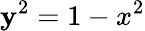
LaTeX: \mathbf{y}^{2}=1-x^{2}